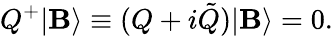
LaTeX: Q^{+}|\mathbf{B}\rangle\equiv(Q+i\tilde{{Q}})|\mathbf{B}\rangle=0.